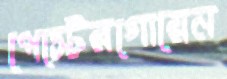
পেস্টেরগোয়েন